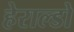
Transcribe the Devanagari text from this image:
हेराल्डो